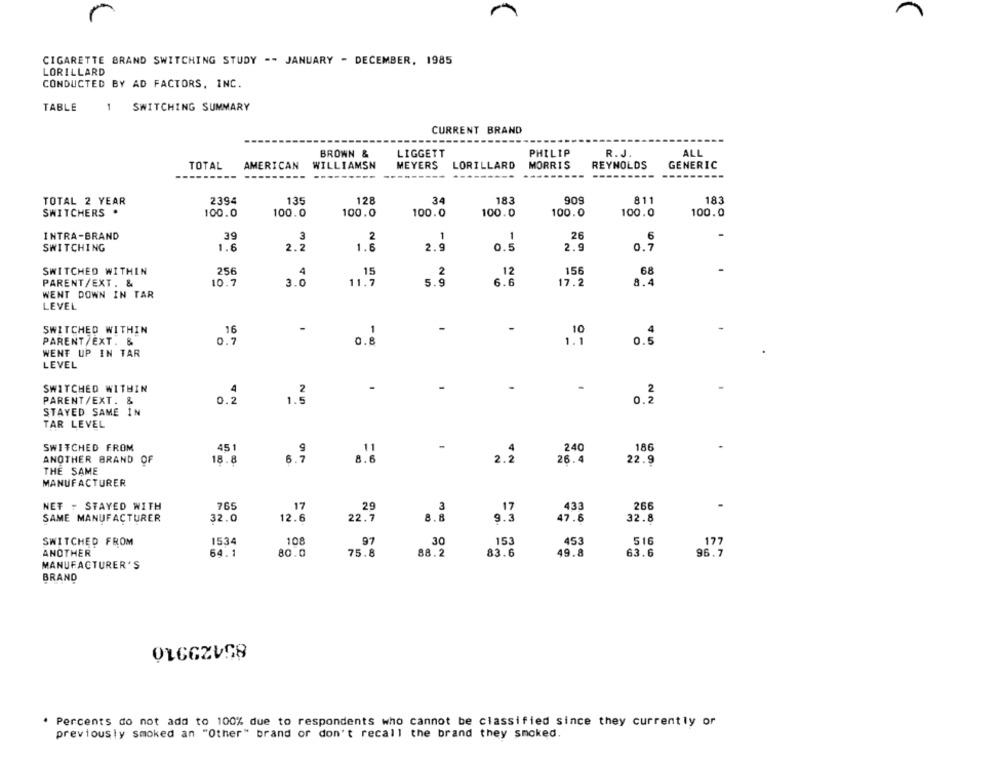
CIGARETTE BRAND SWITCHING STUDY -- JANUARY - DECEMBER, 1985
LORILLARD
CONDUCTED BY AD FACTORS, INC.
TABLE
1
SWITCHING SUMMARY
CURRENT BRAND
BROWN &
LIGGETT
PHILIP
R. J.
ALL
TOTAL
AMERICAN
WILLIAMSN
MEYERS
LORILLARD
MORRIS
REYNOLDS
GENERIC
34
909
811
183
TOTAL 2 YEAR
2394
135
128
183
SWITCHERS
100.0
100.0
100.0
100.0
100.0
100.0
100.0
100.0
INTRA-BRAND
39
3
2
1
1
26
6
SWITCHING
1.6
2.2
1.6
2.9
0.5
2.9
0.7
SWITCHED WITHIN
256
4
15
2
12
156
68
PARENT/EXT. &
10.7
3.0
11.7
6.6
17.2
8.4
WENT DOWN IN TAR
LEVEL
SWITCHED WITHIN
16
-
-
1
PARENT/EXT. &
0.7
0.8
1.1
0.5
WENT UP IN TAR
LEVEL
SWITCHED WITHIN
-
PARENT/EXT. &
0.2
0.2
STAYED SAME IN
TAR LEVEL
SWITCHED FROM
451
9
-
240
186
ANOTHER BRAND
OF
2.2
26.4
18.8
6.7
22.9
THE SAME
MANUFACTURER
NET : STAYED WITH
765
17
29
3
17
433
266
SAME MANUFACTURER
32.0
12.6
22.7
8.8
9.3
47.6
32.8
SWITCHED FROM
1534
108
97
30
153
453
516
177
ANOTHER
64.1
80.0
75.8
88.2
83.6
49.8
63.6
96.7
MANUFACTURER'S
BRAND
Percents do not add to 100% due to respondents who cannot be classified since they currently or
previously smoked an "Other" brand or don't recall the brand they smoked.